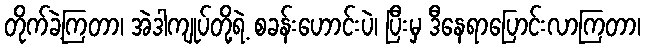
တိုက်ခဲ့ကြတာ၊ အဲဒါကျုပ်တို့ရဲ့ စခန်းဟောင်းပဲ၊ ပြီးမှ ဒီနေရာပြောင်းလာကြတာ၊